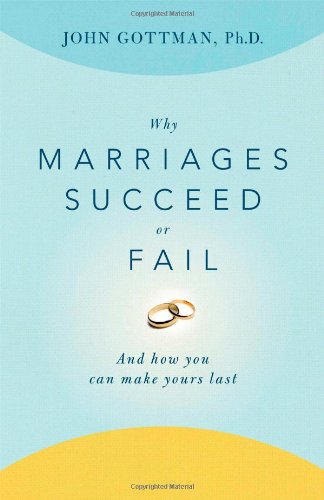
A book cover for Why Marriages Succeed or Fail: And How You Can Make Yours Last; John  PhD Gottman; Parenting & Relationships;